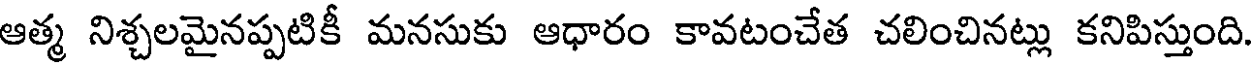
ఆత్మ నిశ్చలమైనప్పటికీ మనసుకు ఆధారం కావటంచేత చలించినట్లు కనిపిస్తుంది